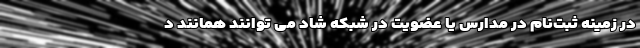
در زمینه ثبت‌نام در مدارس یا عضویت در شبکه شاد می توانند همانند د